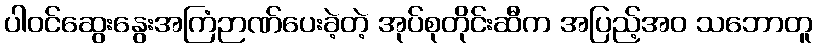
ပါဝင်ဆွေးနွေးအကြံဉာဏ်ပေးခဲ့တဲ့ အုပ်စုတိုင်းဆီက အပြည့်အဝ သဘောတူ